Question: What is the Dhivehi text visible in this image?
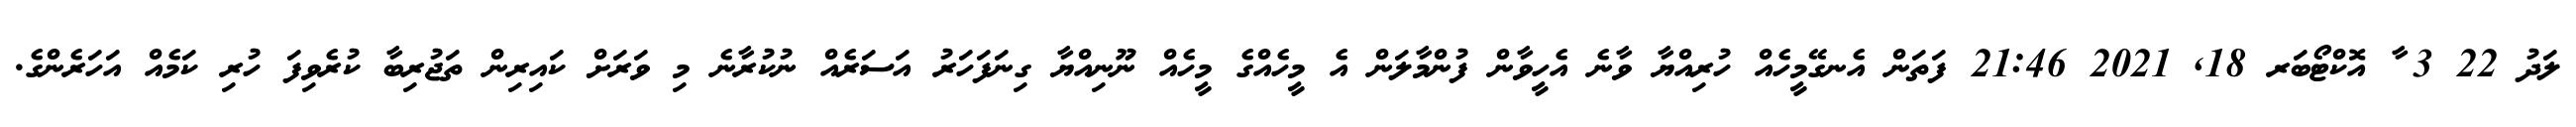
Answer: ލަދު 22 3 ާ އޮކްޓޯބަރ 18, 2021 21:46 ފަތަން އެނގޭމީހެއް ހުރިއްޔާ ވާނެ އެހީވާން ފުންމާލަން އެ މީހެއްގެ މީހެއް ނޫނިއްޔާ ގިނަފަހަރު އަސަރެއް ނުކުރާނެ މި ވަރަށް ކައިރިން ތަޖުރިބާ ކުރެވިފަ ހުރި ކަމެއް އަހަރެންގެ.